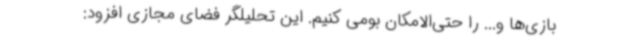
بازی‌ها و... را حتی‌الامکان بومی کنیم. این تحلیلگر فضای مجازی افزود: